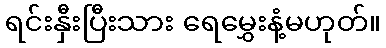
ရင်းနှီးပြီးသား ရေမွှေးနံ့မဟုတ်။